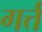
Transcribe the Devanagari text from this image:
गर्त्त